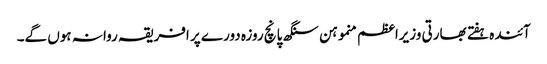
آئندہ ہفتے بھارتی وزیراعظم منموہن سنگھ پانچ روزہ دورے پر افریقہ روانہ ہوں گے۔